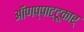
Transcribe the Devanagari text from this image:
ऑणप्पाट्टू़कार्